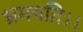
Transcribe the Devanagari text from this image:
भ्रमयति।।